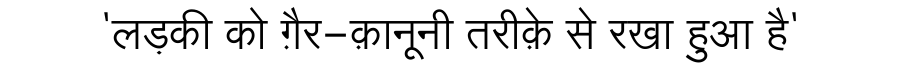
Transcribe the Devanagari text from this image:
'लड़की को ग़ैर-क़ानूनी तरीक़े से रखा हुआ है'